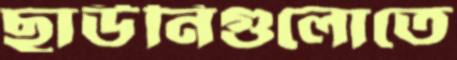
ছাউনিগুলোতে